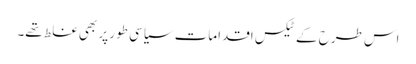
اس طرح کے ٹیکس اقدامات سیاسی طور پر بھی غلط تھے۔